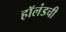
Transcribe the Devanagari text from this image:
हॉलंडची